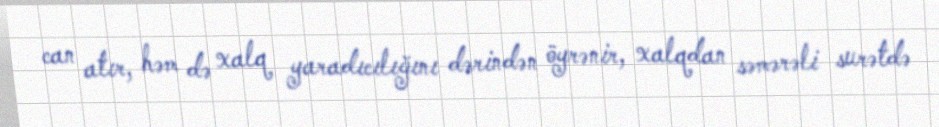
can atır, həm də xalq yaradıcılığını dərindən öyrənir, xalqdan səmərəli surətdə